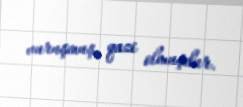
vuruşmuş, qazi olmuşdur.